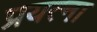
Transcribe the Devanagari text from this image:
प्रयत्ना